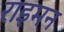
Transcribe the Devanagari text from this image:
राइमन